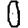
Digit: 0